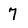
Character: 7